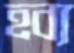
হব্য